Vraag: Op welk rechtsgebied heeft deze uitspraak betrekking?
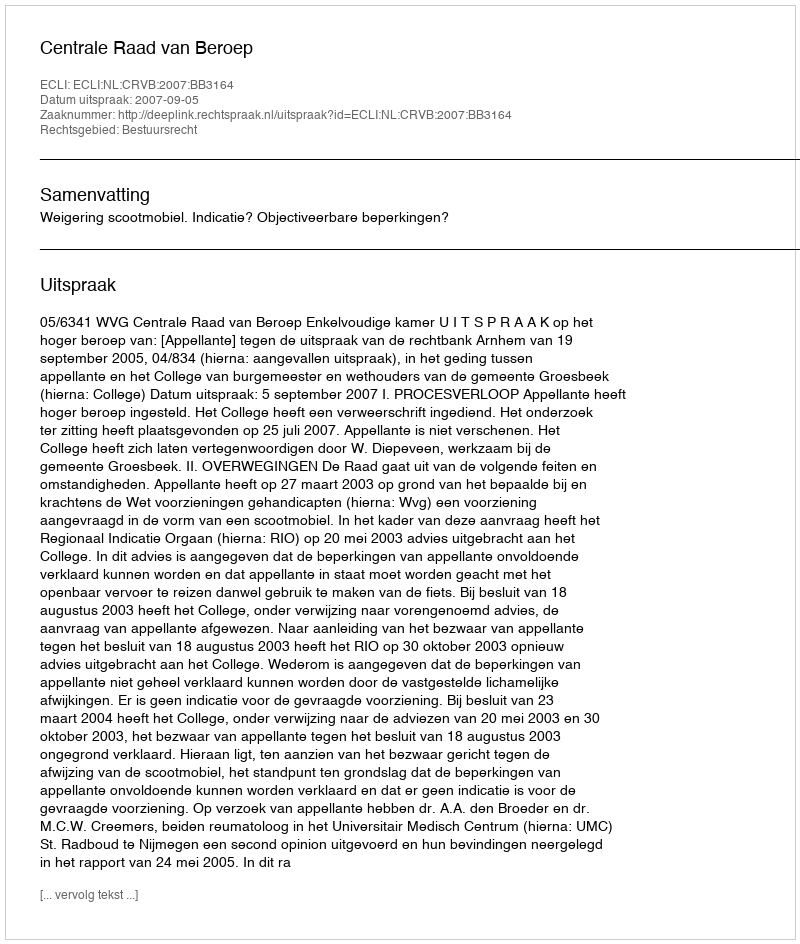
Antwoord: Bestuursrecht